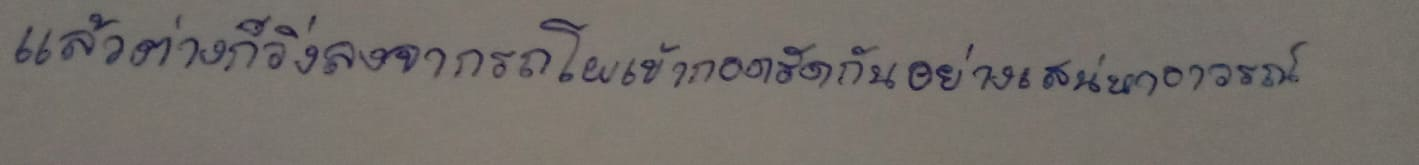
แล้วต่างก็วิ่งลงจากรถโผเข้ากอดรัดกันอย่างเสน่หาอาวรณ์